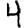
Digit: 4